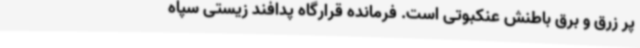
پر زرق و برق باطنش عنکبوتی است. فرمانده قرارگاه پدافند زیستی سپاه